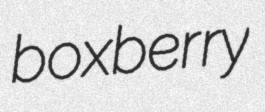
boxberry